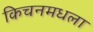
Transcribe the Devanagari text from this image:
किचनमधला